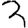
Digit: 3